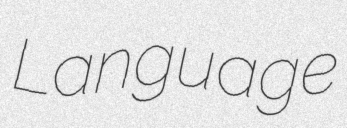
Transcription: Language